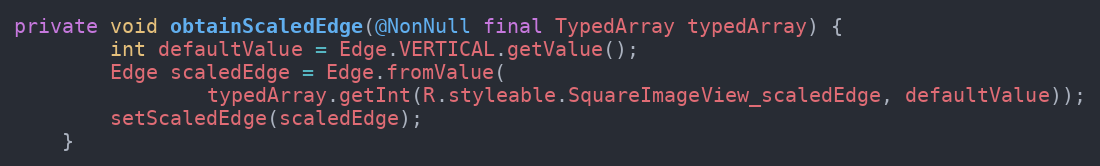
Language: Java
private void obtainScaledEdge(@NonNull final TypedArray typedArray) {
        int defaultValue = Edge.VERTICAL.getValue();
        Edge scaledEdge = Edge.fromValue(
                typedArray.getInt(R.styleable.SquareImageView_scaledEdge, defaultValue));
        setScaledEdge(scaledEdge);
    }